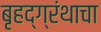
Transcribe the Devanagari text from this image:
बृहद्ग्रंथाचा